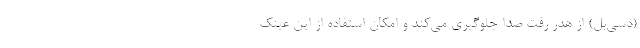
(دسی‌بل) از هدر رفت صدا جلوگیری می‌کند و امکان استفاده از این عینک